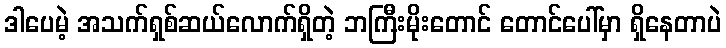
ဒါပေမဲ့ အသက်ရှစ်ဆယ်လောက်ရှိတဲ့ ဘကြီးမိုးတောင် တောင်ပေါ်မှာ ရှိနေတာပဲ